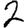
Digit: 2